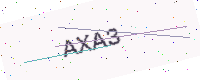
Text: AXA3